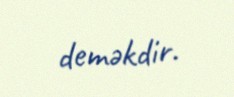
deməkdir.